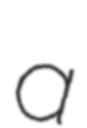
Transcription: a